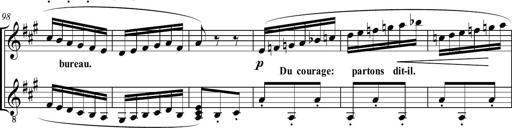
Title: Sonatine bureaucratique
Composer: Erik Satie